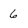
Character: 6